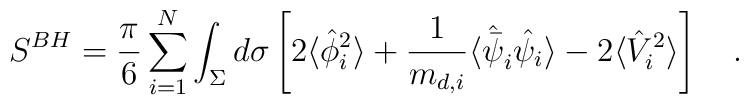
S^{BH}={\pi\over 6}\sum_{i=1}^{N}\int_{\Sigma}d\sigma \left[2\langle \hat{\phi}_{i}^2 \rangle+{1 \over m_{d,i}}\langle \hat{\bar{\psi}}_{i}\hat{\psi}_{i}\rangle-2\langle \hat{V}^2_{i} \rangle\right]~~~.